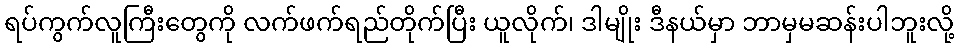
ရပ်ကွက်လူကြီးတွေကို လက်ဖက်ရည်တိုက်ပြီး ယူလိုက်၊ ဒါမျိုး ဒီနယ်မှာ ဘာမှမဆန်းပါဘူးလို့